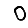
Digit: 0